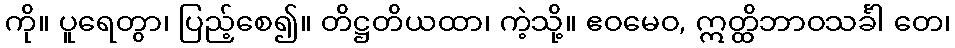
ကို။ ပူရေတွာ၊ ပြည့်စေ၍။ တိဋ္ဌတိယထာ၊ ကဲ့သို့။ ဧဝမေဝ, ဣတ္ထိဘာဝသင်္ခါ တေ၊